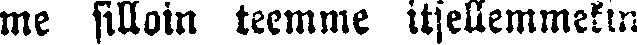
me silloin teemme itsellemmekin